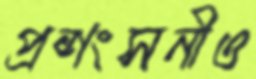
প্রশংসনীও